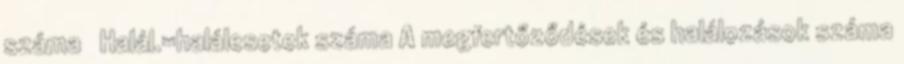
száma Halál.=halálesetek száma A megfertőződések és halálozások száma